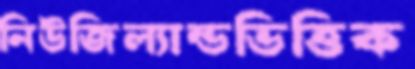
নিউজিল্যান্ডভিত্তিক